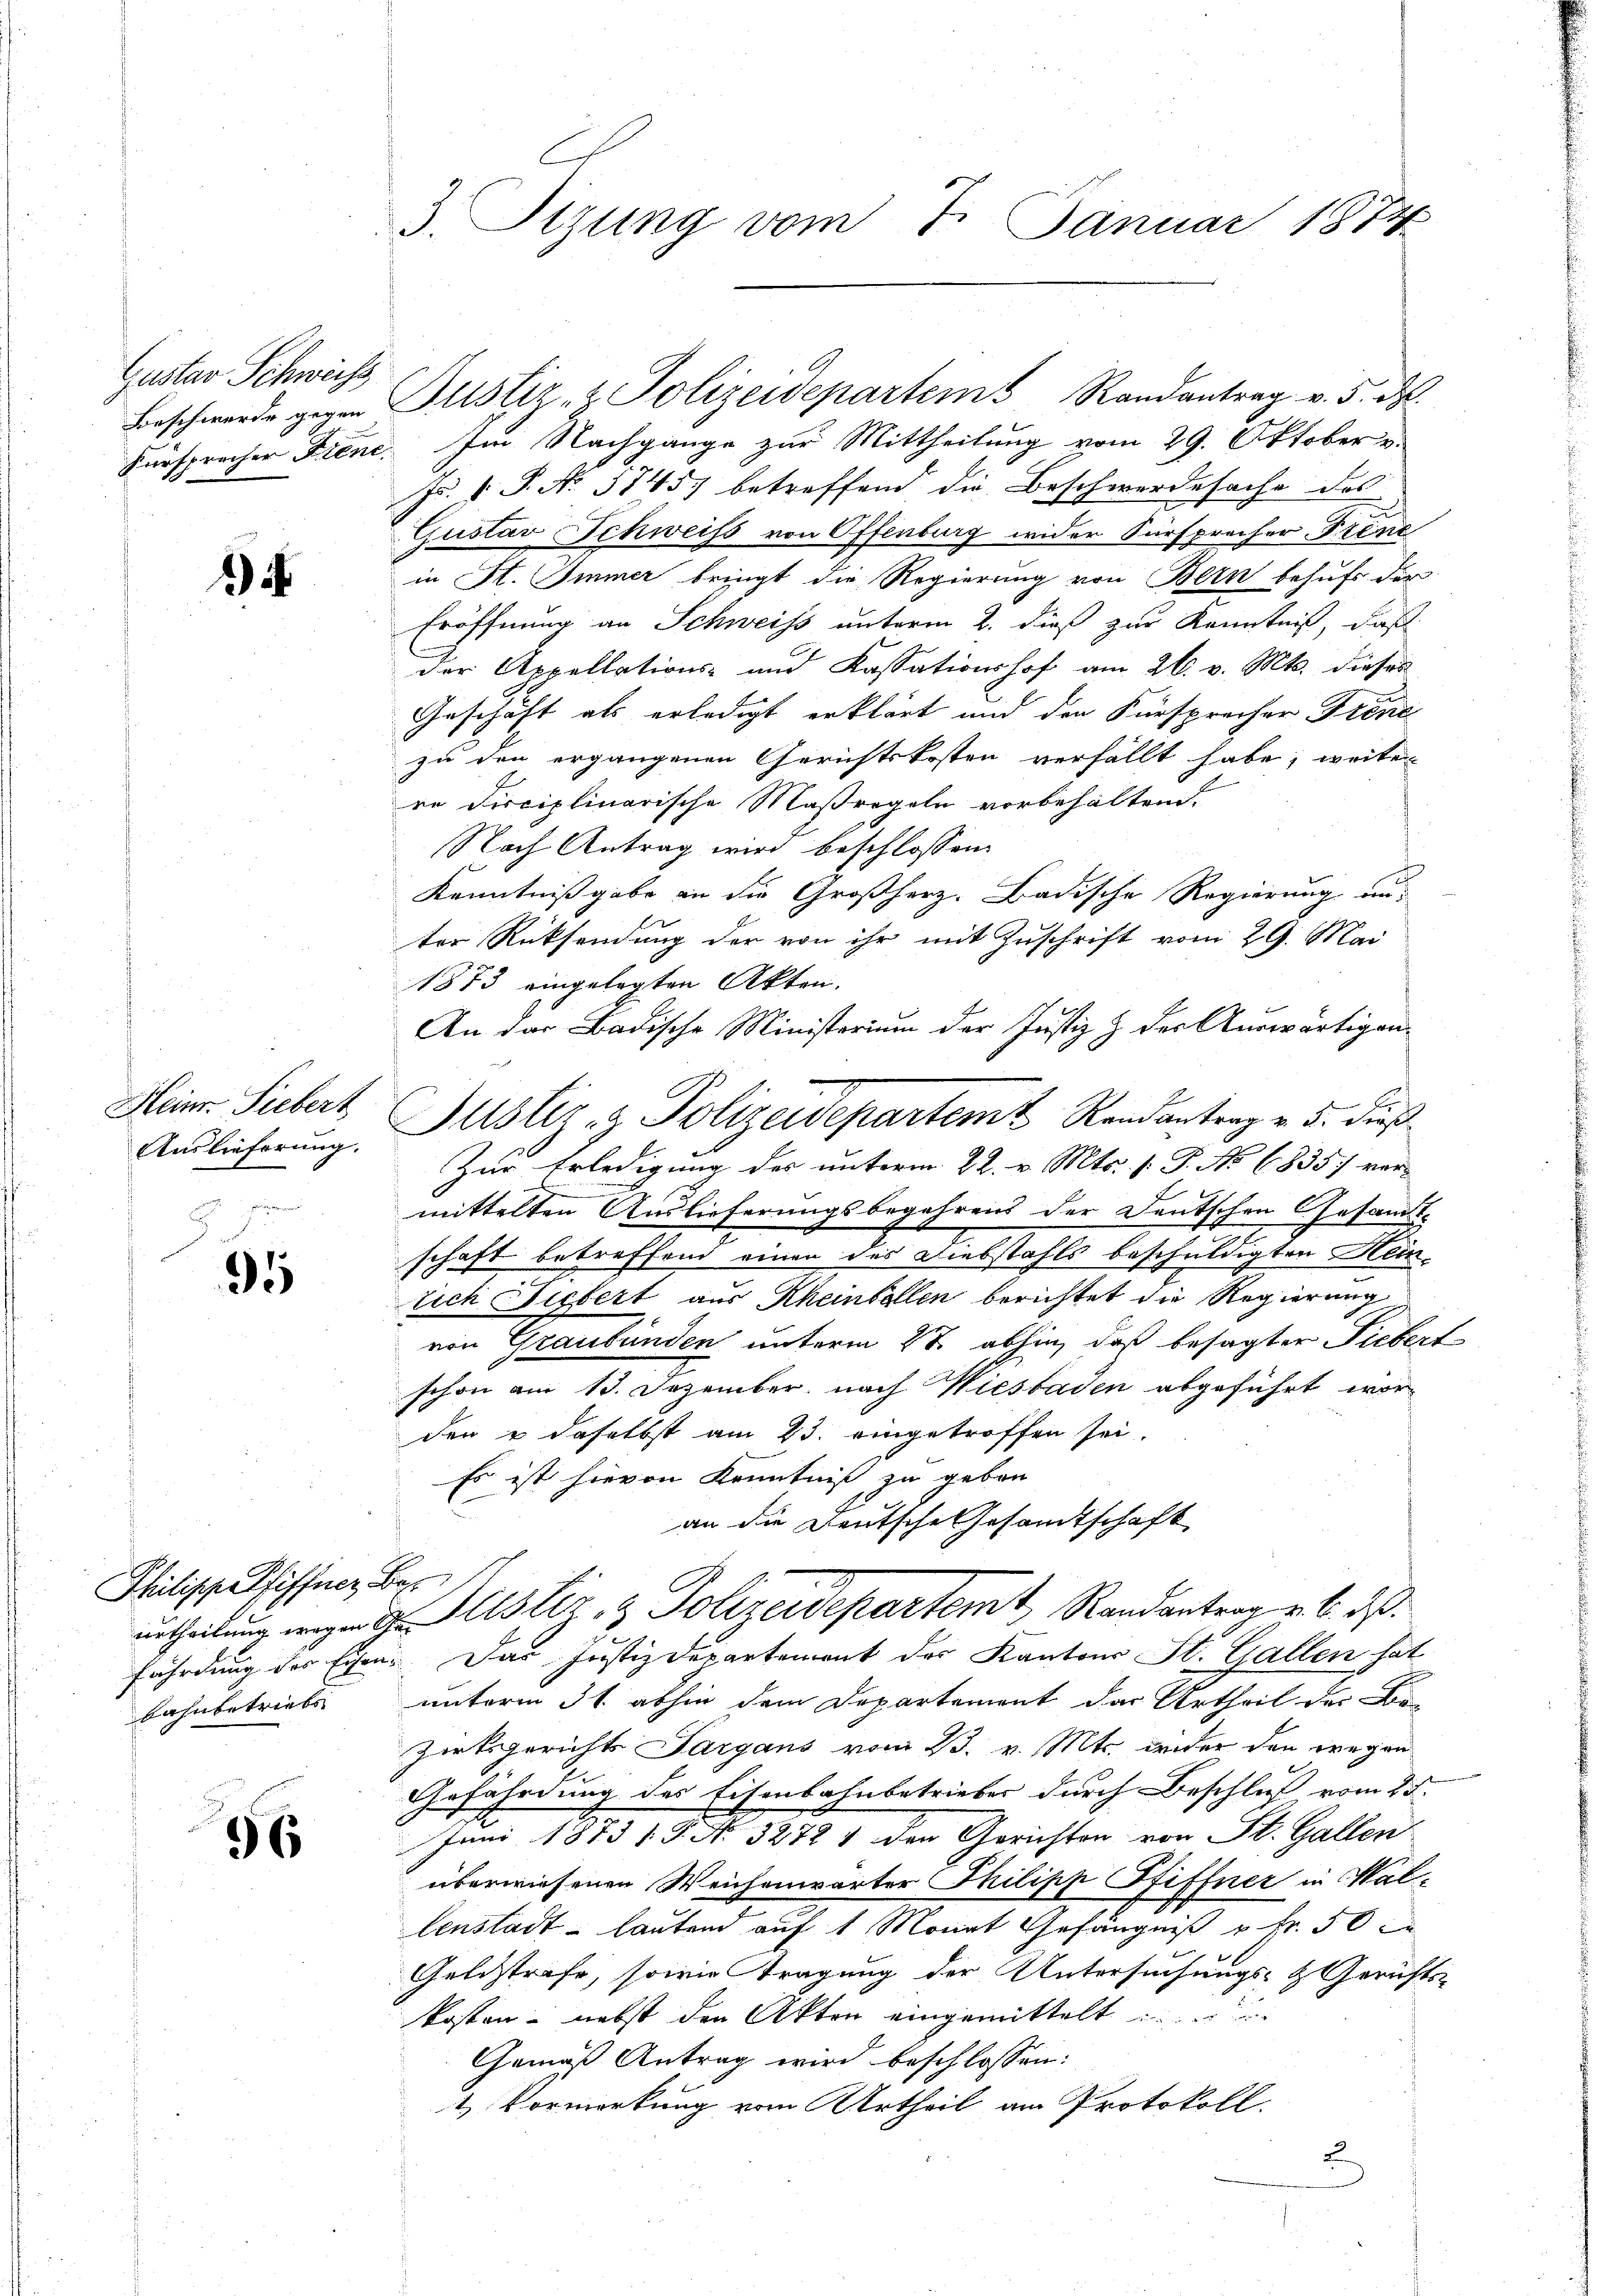
Gustav Schweiss
Fürsprecher Fient.

1)

Heinr. Siebert
Auslieferung.

95

Philische Pfiffner, Bas

96

3. Tizung vom 7. Januar 1874

Im Nachgange zur Mittheilung vom 29. Oktober v
Fr. 1 P. No 5745) betreffend die Beschwerdesache des
Gustav Schweiss von Offenburg wider Fürsprecher-Tregie
in St. Immer bringt die Regierung von Bern behufs der
Eröffnung an Schweiss unterm 2. dieß zur Kenntniß, daß
der Appellations- und Kassationshof am 26. v. Mts. dieses
Geschäft als erledigt erklärt und den Fürsprecher Frene
zu den ergangenen Gerichtskosten verfällt habe, weite
re Disciplinarische Maßregeln vorbehalten.
Nach Antrag wird beschlossen:
Kenntnißgabe an die Großherz. Badische Regierung aus
ter Rücksendung der von ihr mit Zuschrift vom 29. Mai
1873 eingelegten Akten.
An das Badische Ministerium der Justiz & der Auswärtigen¬
Zur Erledigung des unterm 22. v. Mts. f. P. No 6835 vor
mittelten Auslieferungsbegehrens der Deutschen Gesamt-
schaft betreffend einen des Diebstahls beschuldigten Heinlich Siebert aus Rheintellen berichtet die Regierung
von Graubünden unterm 27. abhin, daß besagter Fiebert
schon am 13. Dezember nach Wiesbaden abgeführt worden u daselbst am 23. eingetroffen sei.
Es ist hievon Kenntniß zu geben
an die Deutsche Gesandtschaft
urtheilung wegen d. Justiz & Polizeidepartemt, Randantrag v. 6. ds.
fährdung des Eisen. Das Justizdepartement des Kantons St. Gallen hat
bahnbetriebs unterm 31. abhin dem Departement das Urtheil der Bo-
zirksgerichts Sargans vom 23. v. Mts. wider den wegen
Gefährdung des Eisenbahnbetrieber durch Beschluß vom 25.
Juni 1873 1 P. No 3272 1 den Gerichten von St. Gallen
überwiesenen Weichenwärter Thilipp Pfiffner in Wallenstadt - lautend auf 1 Monat Gefängniß u. fr. 50
Geldstrafe, sowie tragung der Untersuchungs- & Gerichts-
kosten - nebst den Akten eingemittelt
Gemäß Antrag wird beschlossen:
& Vormerkung vom Urtheil am Protokoll.
2

Beschwerde gegen Justiz- & Polizeidepartem Randantrag v. 5. d.

Justiz- & Polizeidepartem Randantrag v. 5. dieß